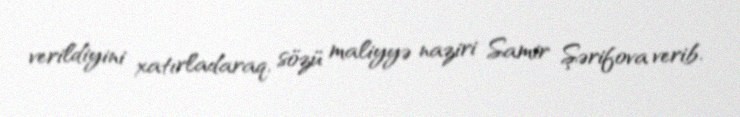
verildiyini xatırladaraq, sözü maliyyə naziri Samir Şərifova verib.